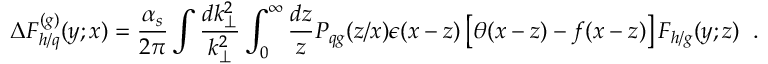
\Delta { F } _ { h / q } ^ { ( g ) } ( y ; x ) = \frac { \alpha _ { s } } { 2 \pi } \int \frac { d k _ { \perp } ^ { 2 } } { k _ { \perp } ^ { 2 } } \int _ { 0 } ^ { \infty } \frac { d z } { z } P _ { q g } ( z / x ) \epsilon ( x - z ) \left\lbrack \theta ( x - z ) - f ( x - z ) \right\rbrack { F } _ { h / g } ( y ; z ) \; \; .